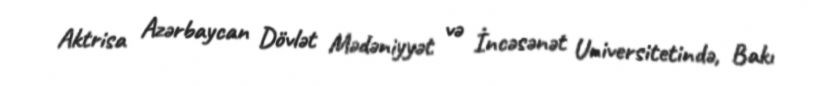
Aktrisa Azərbaycan Dövlət Mədəniyyət və İncəsənət Universitetində, Bakı